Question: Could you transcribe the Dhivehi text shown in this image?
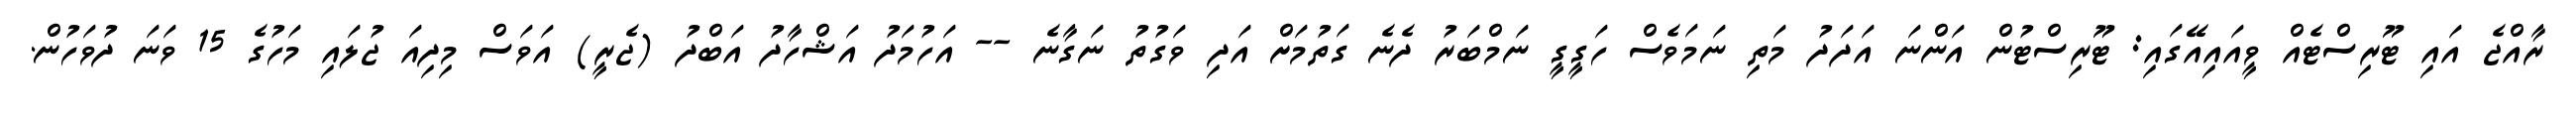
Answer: ރާއްޖެ އައި ޓޫރިސްޓެއް ވީއައިއޭގައި: ޓޫރިސްޓުން އަންނަ އަދަދު މަތި ނަމަވެސް ހަގީގީ ނަމްބަރު ދެނެ ގަތުމަށް އަދި ވަގުތު ނަގާނެ -- އަހުމަދު އަޝްހާދު އަބްދު (ޖެރީ) އަވަސް މިދިއަ ޖުލައި މަހުގެ 15 ވަނަ ދުވަހުން.